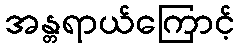
အန္တရာယ်ကြောင့်